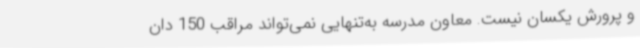
و پرورش یکسان نیست. معاون مدرسه به‌تنهایی نمی‌تواند مراقب 150 دان